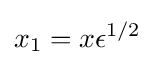
x_{1}=x\epsilon ^{1/2}